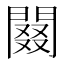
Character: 䦤